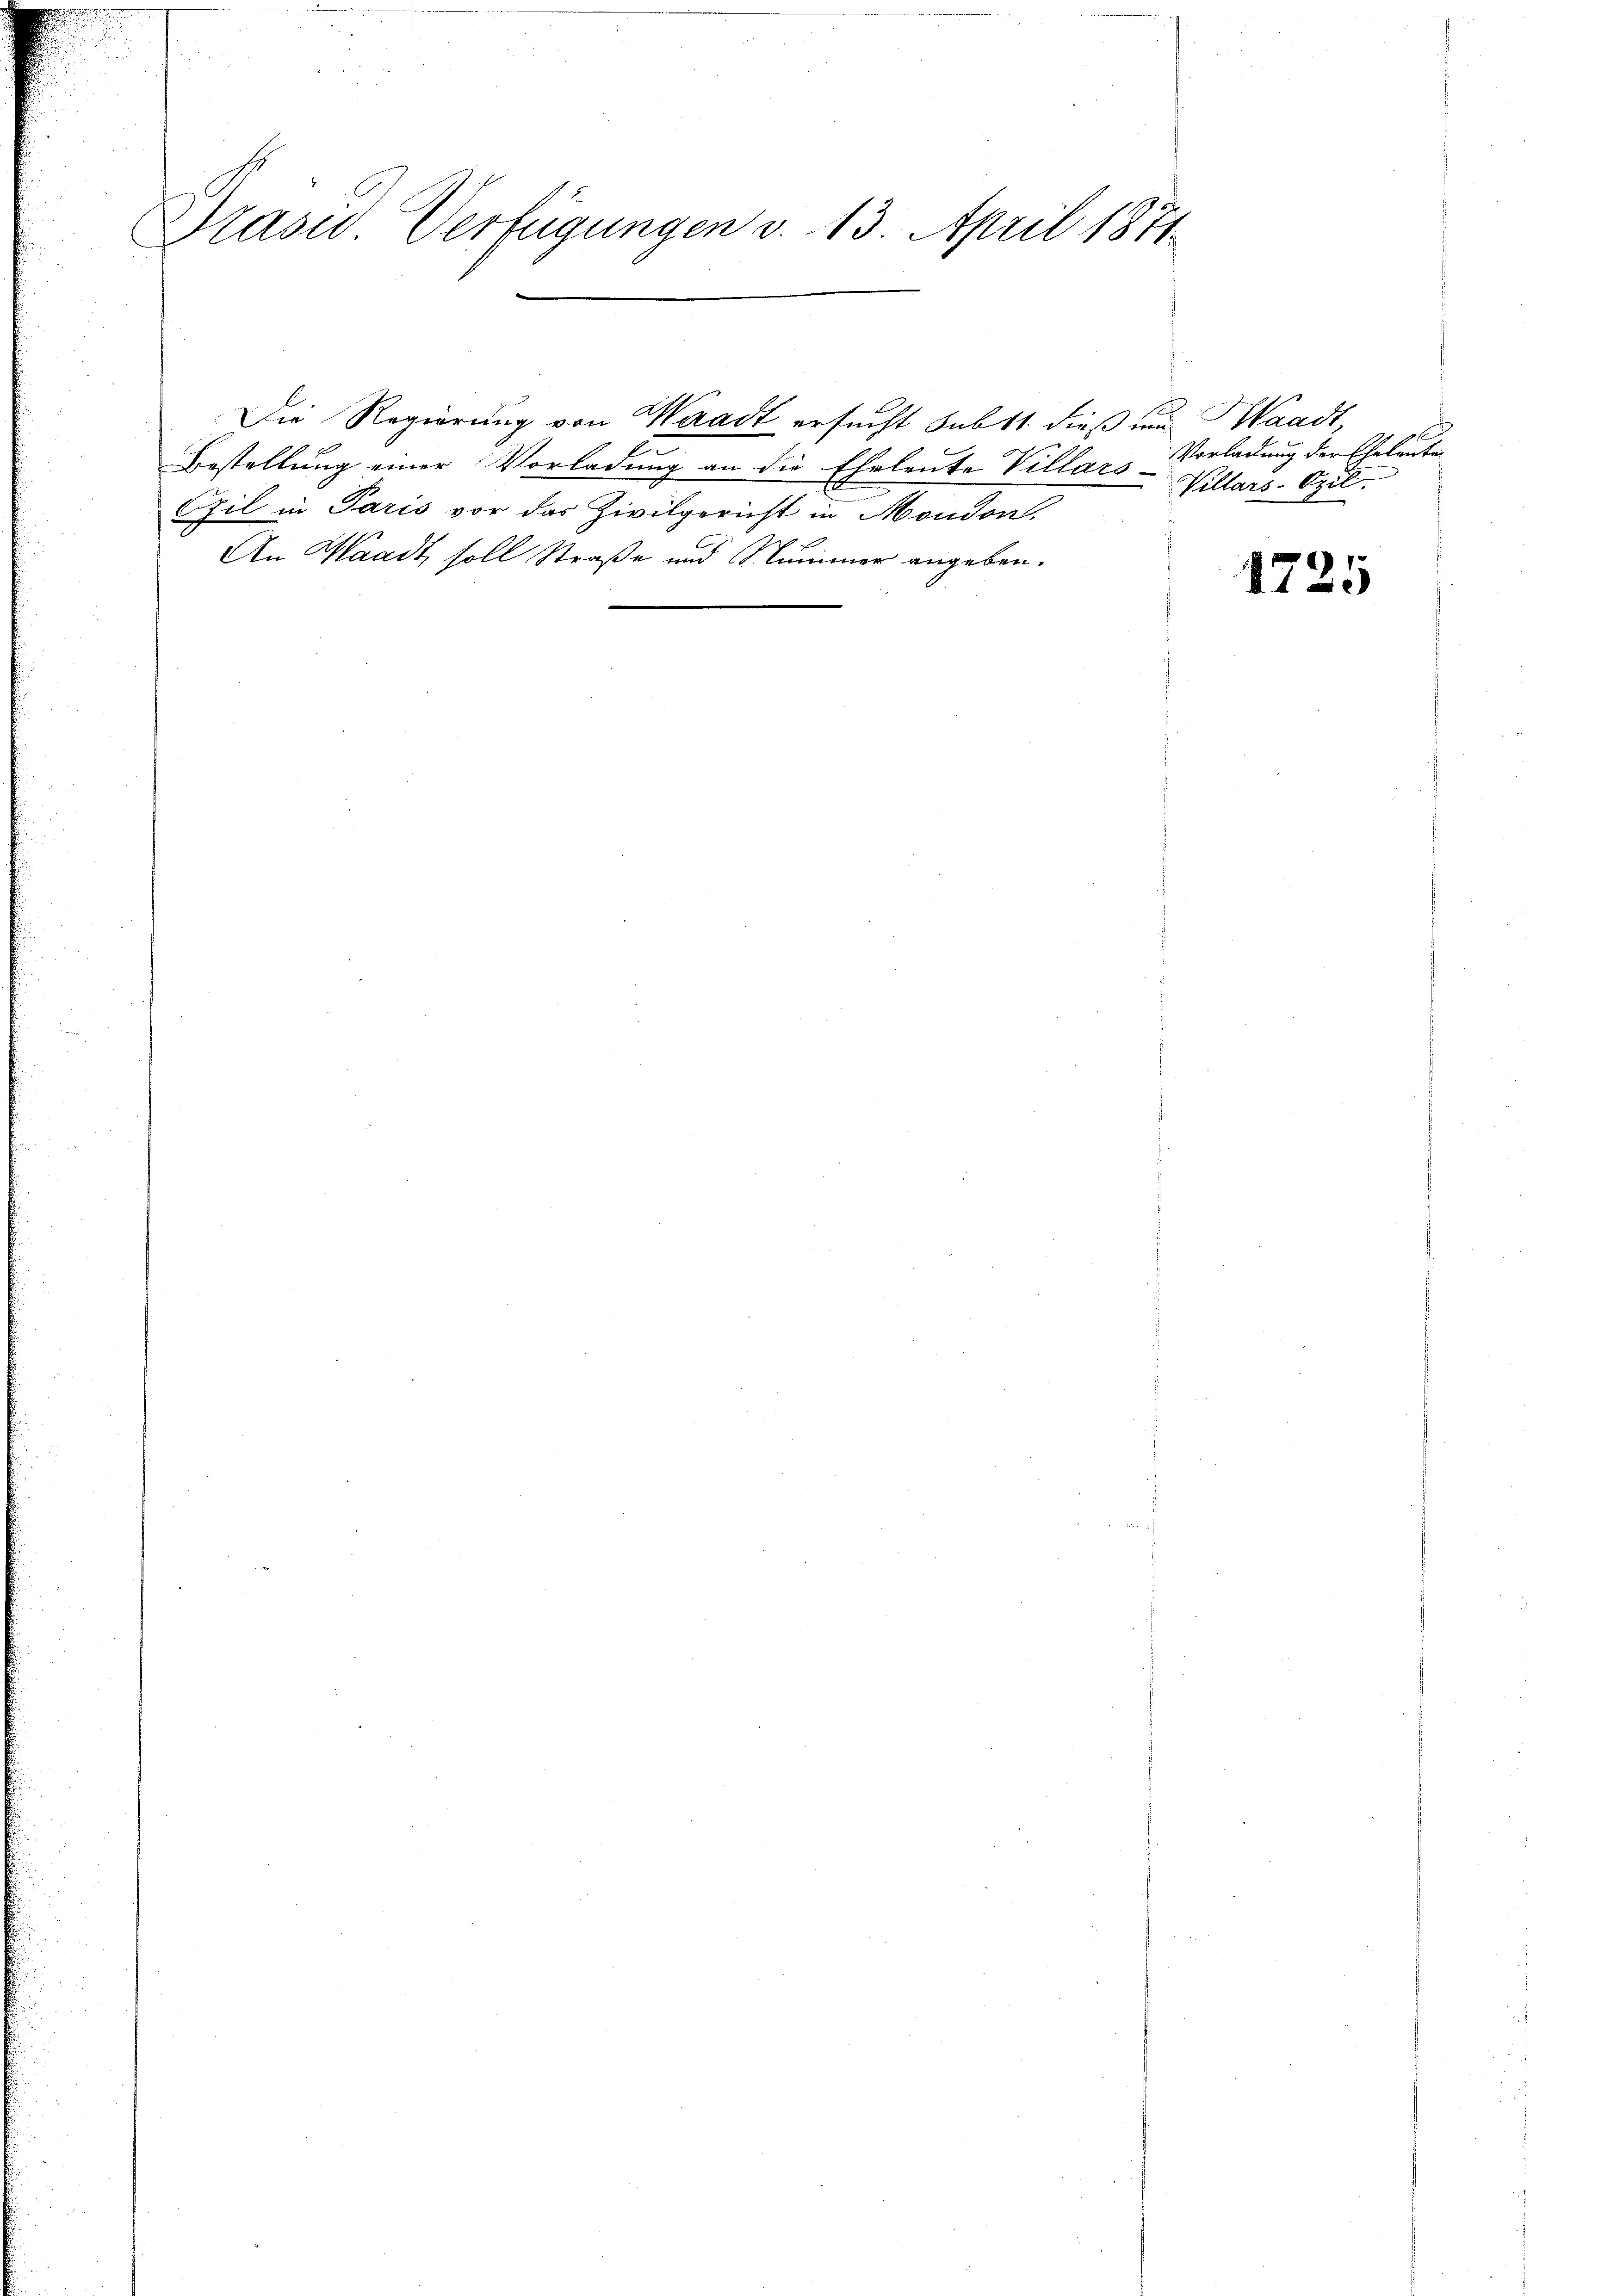
Präsid Verfügungen v. 13. April 1871.

Bestellung einer Vorladung an die Eheleute Villars
Ezil in Paris vor das Zivilgericht in Moudon,
An Waadt, soll Straße und Nummer angeben.

Die Regierung von Waadt ersucht Subst dieß um Waadt,

Vorladung der Eheleuten
Villars-Ozil.

1725